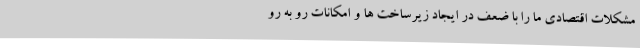
مشکلات اقتصادی ما را با ضعف در ایجاد زیرساخت ها و امکانات رو به رو